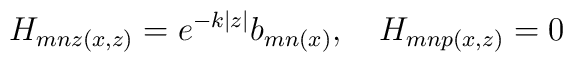
H_{mnz(x,z)} = e^{-k|z|}b_{mn(x)}, \quad H_{mnp(x,z)} = 0